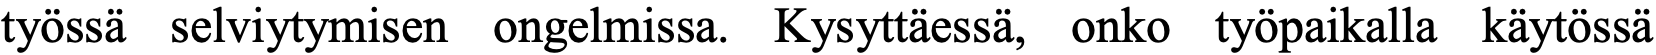
työssä selviytymisen ongelmissa. Kysyttäessä, onko työpaikalla käytössä